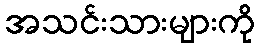
အသင်းသားများကို